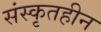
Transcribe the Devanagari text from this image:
संस्कृतहीन